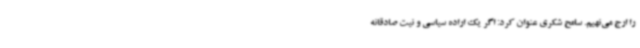
را ارج می‌نهیم. سامح شکری عنوان کرد: اگر یک اراده سیاسی و نیت صادقانه